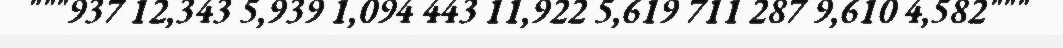
"""937 12,343 5,939 1,094 443 11,922 5,619 711 287 9,610 4,582"""